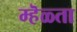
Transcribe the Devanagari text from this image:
म्हॆळ्ता